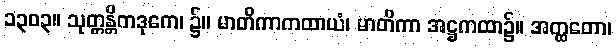
၁၃၀၃။ သုတ္တန္တိကဒုကေ၊ ၌။ မာတိကာကထာယံ၊ မာတိကာ အဋ္ဌကထာ၌။ အတ္ထတော၊